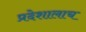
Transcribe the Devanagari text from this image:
प्रदेशालाच